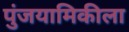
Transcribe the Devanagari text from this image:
पुंजयामिकीला